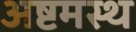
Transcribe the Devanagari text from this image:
अष्टमस्थ